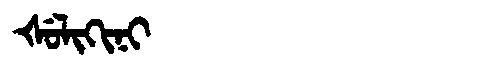
Manchu: ᡧᡠᠯᡳᡴᡳᠨᡳ
Romanization: ŠULIKINI